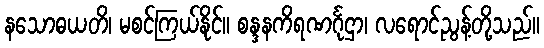
နသောဓယတိ၊ မစင်ကြယ်နိုင်။ စန္ဒနကိရဏင်္ဂုဌာ၊ လရောင်ညွန့်တို့သည်။